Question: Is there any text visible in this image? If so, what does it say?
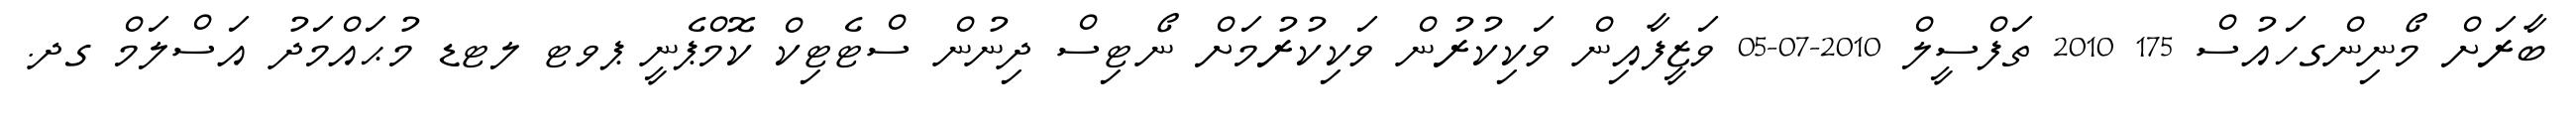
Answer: ބާރަށް މޯނިންގހައުސް 175 2010 ތަފްސީލް 2010-07-05 ވަޒީފާއިން ވަކިކުރުން ވަކިކުރުމަށް ނޯޓިސް ދިނުން ސްޓެޓިކް ކޮމްޕެނީ ޕވޓ ލޓޑ މުޙައްމަދު އަސްލަމް ގދ.